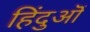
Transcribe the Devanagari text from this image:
हिंदुऒं